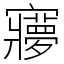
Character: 㝱